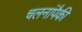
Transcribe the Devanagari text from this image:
चलनांपैकी